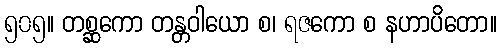
၅၀၅။ တစ္ဆကော တန္တဝါယော စ၊ ရဇကော စ နဟာပိတော။